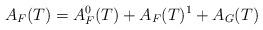
LaTeX: \begin{align*} A_F(T)= A_F^0(T)+A_F(T)^1+A_G(T)\end{align*}